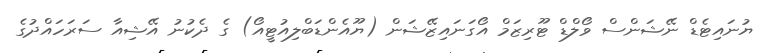
ޔުނައިޓެޑް ނޭޝަންސް ވޯލްޑް ޓޫރިޒަމް އޯގަނައިޒޭޝަން (ޔޫއެންޑަބްލިއުޓީއޯ) ގެ ދެކުނު އޭޝިއާ ސަރަހައްދުގެ